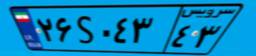
۹۹S۰۶۹۹۹